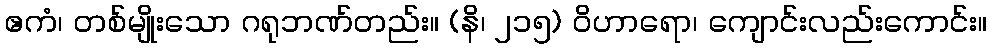
ဧကံ၊ တစ်မျိုးသော ဂရုဘဏ်တည်း။ (နိ၊ ၂၁၅) ဝိဟာရော၊ ကျောင်းလည်းကောင်း။